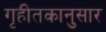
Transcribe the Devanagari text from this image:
गृहीतकानुसार